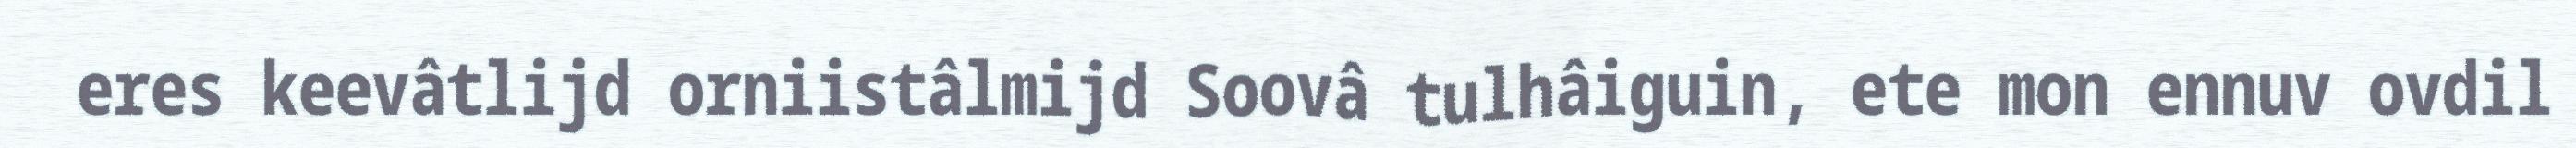
eres keevâtlijd orniistâlmijd Soovâ tulhâiguin, ete mon ennuv ovdil